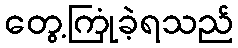
တွေ့ကြုံခဲ့ရသည်